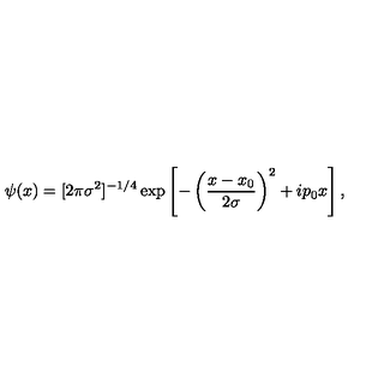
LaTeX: \psi ( x ) = [ 2 \pi \sigma ^ { 2 } ] ^ { - 1 / 4 } \exp \left[ - \left( \frac { x - x _ { 0 } } { 2 \sigma } \right) ^ { 2 } + i p _ { 0 } x \right] ,